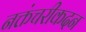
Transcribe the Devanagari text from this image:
नक्तंचरीकदन